Senior Leaving Certificate Examination (including Day School Certificate (Higher) General paper), 1947
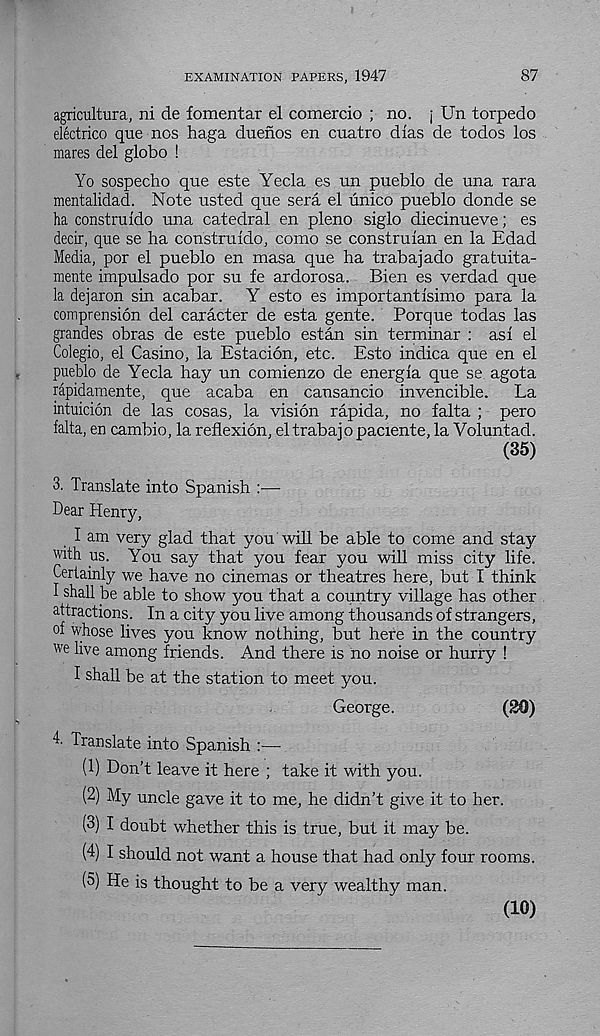
EXAMINATION PAPERS, 1947
87
agricultura, ni de fomentar el comercio ; no. j Un torpedo
electrico que nos haga duenos en cuatro dias de todos los
mares del globo !
Yo sospecho que este Yecla es un pueblo de una rara
mentalidad. Note usted que sera el unico pueblo donde se
ha construldo una catedral en pleno siglo diecinueve; es
deck, que se ha construido, como se construian en la Edad
Media, por el pueblo en masa que ha trabajado gratuita-
mente impulsado por su fe ardorosa. Bien es verdad que
la dejaron sin acabar. Y esto es importantisimo para la
comprension del caracter de esta gente. Porque todas las
grandes obras de este pueblo estan sin terminar : asi el
Colegio, el Casino, la Estacion, etc. Esto indica que en el
pueblo de Yecla hay un comienzo de energla que se. agota
rapidamente, que acaba en cansancio invencible.
La
intuicion de las cosas, la vision rapida, no falta ; pero
falta, en cambio, la reflexion, eltrabajopaciente, la Voluntad.
(35)
3. Translate into Spanish
Dear Henry,
I am very glad that you will be able to come and stay
with us. You say that you fear you will miss city life.
Certainly we have no cinemas or theatres here, but I think
1 shall be able to show you that a country village has other
attractions. In a city you live among thousands of strangers,
of whose lives you know nothing, but here in the country
we live among friends. And there is no noise or hurry !
I shall be at the station to meet you.
George.
(20)
T Translate into Spanish :—
(1) Don’t leave it here ; take it with you.
(2) My uncle gave it to me, he didn’t give it to her.
(3) I doubt whether this is true, but it may be.
(4) I should not want a house that had only four rooms.
(5) He is thought to be a very wealthy man.
(10)